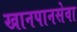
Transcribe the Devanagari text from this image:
खानपानसेवा